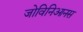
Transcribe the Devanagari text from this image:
जोविनिआनस